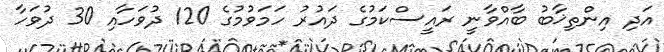
އަދި އިންތިޚާބު ބާއްވާނީ ރައީސްކަމުގެ ދައުރު ހަމަވުމުގެ 120 ދުވަހާއި 30 ދުވަހާ